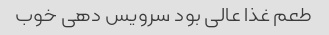
طعم غذا عالی بود سرویس دهی خوب